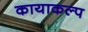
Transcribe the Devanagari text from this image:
कायाकल्‍प